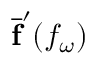
\overline { { \mathbf { f } } } ^ { \prime } ( f _ { \omega } )